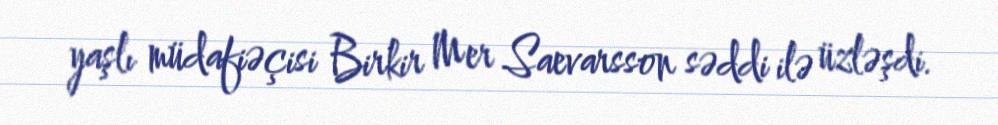
yaşlı müdafiəçisi Birkir Mer Saevarsson səddi ilə üzləşdi.